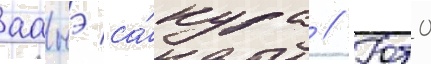
аанэ са́кура // Юто